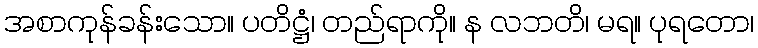
အစာကုန်ခန်းသော။ ပတိဋ္ဌံ၊ တည်ရာကို။ န လဘတိ၊ မရ။ ပုရတော၊